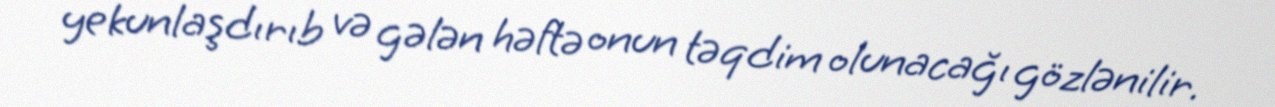
yekunlaşdırıb və gələn həftə onun təqdim olunacağı gözlənilir.